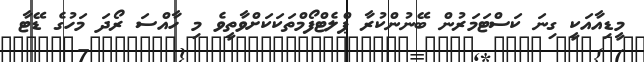
މީޑިއާއަކީ ގިނަ ކަސްޓަމަރުން ބޭނުންކުރާ ޕްލެޓްފޯމްތަކަކަށްވާތީވެ މި ހާއްސަ ރޯދަ މަހުގެ ޑޭޓާ